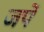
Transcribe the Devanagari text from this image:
जपें